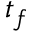
t _ { f }